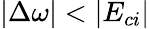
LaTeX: |\Delta\omega|<|E_{ci}|